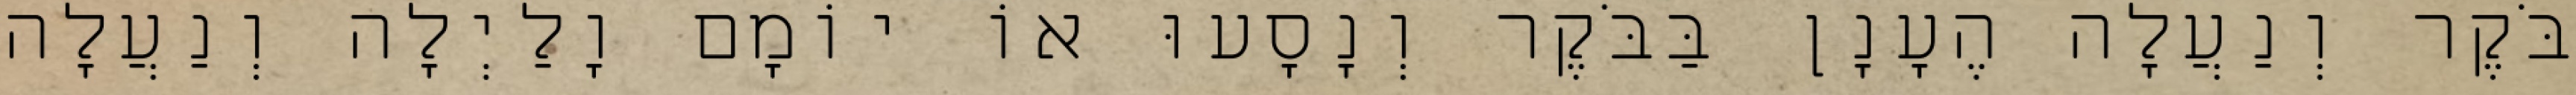
בֹּקֶר וְנַעֲלָה הֶעָנָן בַּבֹּקֶר וְנָסָעוּ אוֹ יוֹמָם וָלַיְלָה וְנַעֲלָה